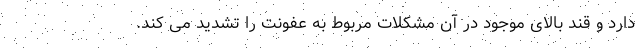
دارد و قند بالای موجود در آن مشکلات مربوط به عفونت را تشدید می کند.